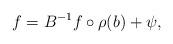
LaTeX: \begin{align*}f = B^{-1} f \circ \rho(b) + \psi,\end{align*}